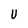
Character: U